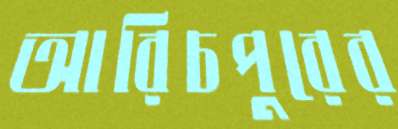
আরিচপুরের